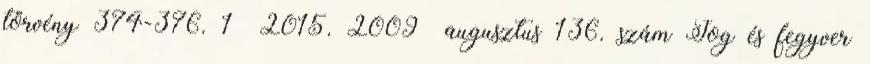
törvény 374-376. 1 2015. 2009 augusztus 136. szám Jog és fegyver